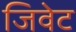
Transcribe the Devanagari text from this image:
जिवेट